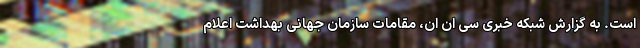
است. به گزارش شبکه خبری سی ان ان، مقامات سازمان جهانی بهداشت اعلام